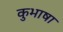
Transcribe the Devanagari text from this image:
कुभाषा